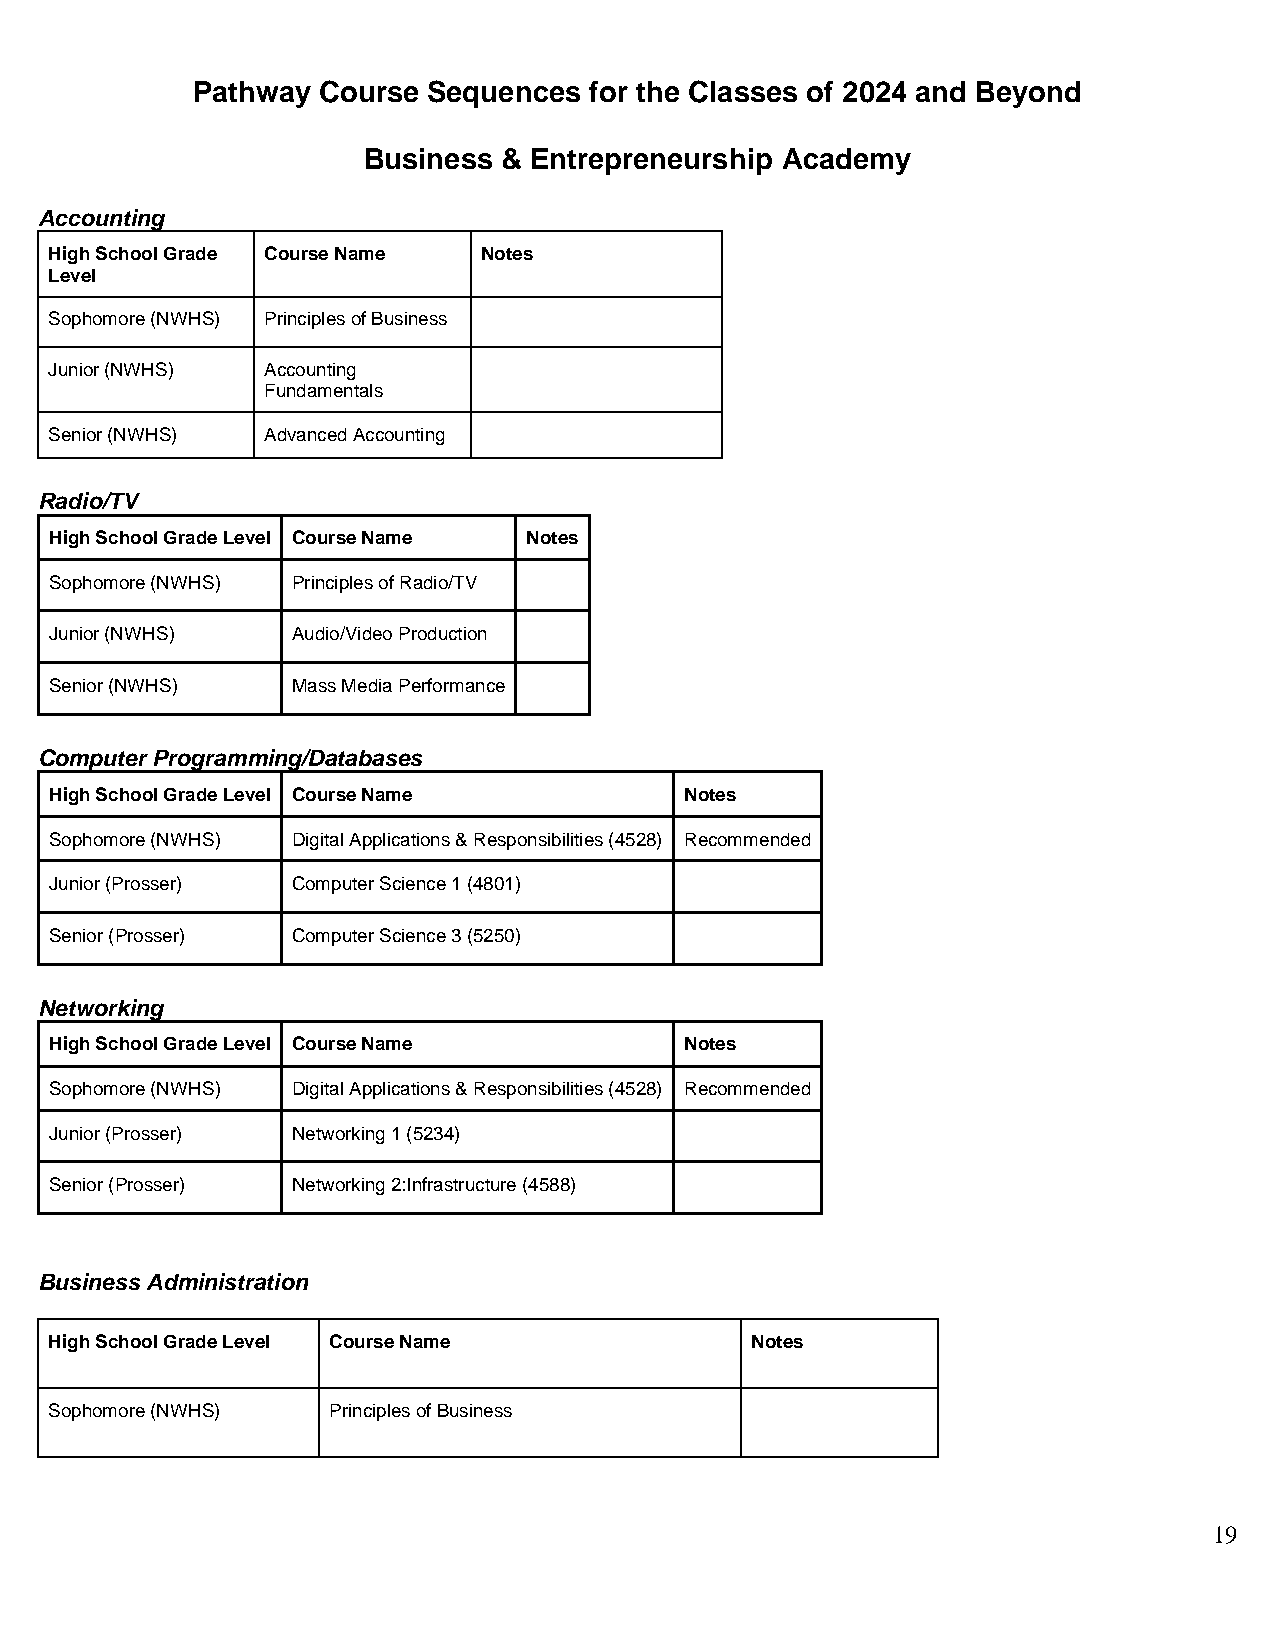
Pathway Course Sequences  for the Classes of 2024 and Beyond
 Business & Entrepreneurship Academy
 Accounting
 High School Grade Course Name Notes
 Level
 Sophomore (NWHS) Principles of Business
 Junior (NWHS) Accounting
 Fundamentals
 Senior (NWHS) Advanced Accounting
 Radio/TV
 High School Grade Level Course Name Notes
 Sophomore (NWHS) Principles of Radio/TV
 Junior (NWHS)   Audio/Video Production
 Senior (NWHS)   Mass Media Performance
 Computer Programming/Databases
 High School Grade Level Course Name       Notes
 Sophomore (NWHS) Digital Applications & Responsibilities (4528) Recommended
 Junior (Prosser) Computer Science 1 (4801)
 Senior (Prosser) Computer Science 3 (5250)
 Networking
 High School Grade Level Course Name       Notes
 Sophomore (NWHS) Digital Applications & Responsibilities (4528) Recommended
 Junior (Prosser) Networking 1 (5234)
 Senior (Prosser) Networking 2:Infrastructure (4588)
 Business Administration
 High School Grade Level Course Name            Notes
 Sophomore (NWHS)   Principles of Business
 19